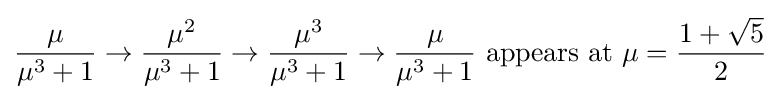
{\frac {\mu }{\mu ^{3}+1}}\to {\frac {\mu ^{2}}{\mu ^{3}+1}}\to {\frac {\mu ^{3}}{\mu ^{3}+1}}\to {\frac {\mu }{\mu ^{3}+1}}{\mbox{ appears at }}\mu ={\frac {1+{\sqrt {5}}}{2}}